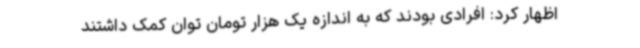
اظهار کرد: افرادی بودند که به اندازه یک هزار تومان توان کمک داشتند